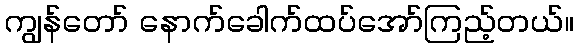
ကျွန်တော် နောက်ခေါက်ထပ်အော်ကြည့်တယ်။